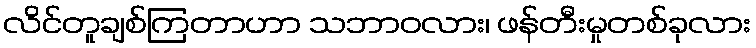
လိင်တူချစ်ကြတာဟာ သဘာဝလား၊ ဖန်တီးမှုတစ်ခုလား